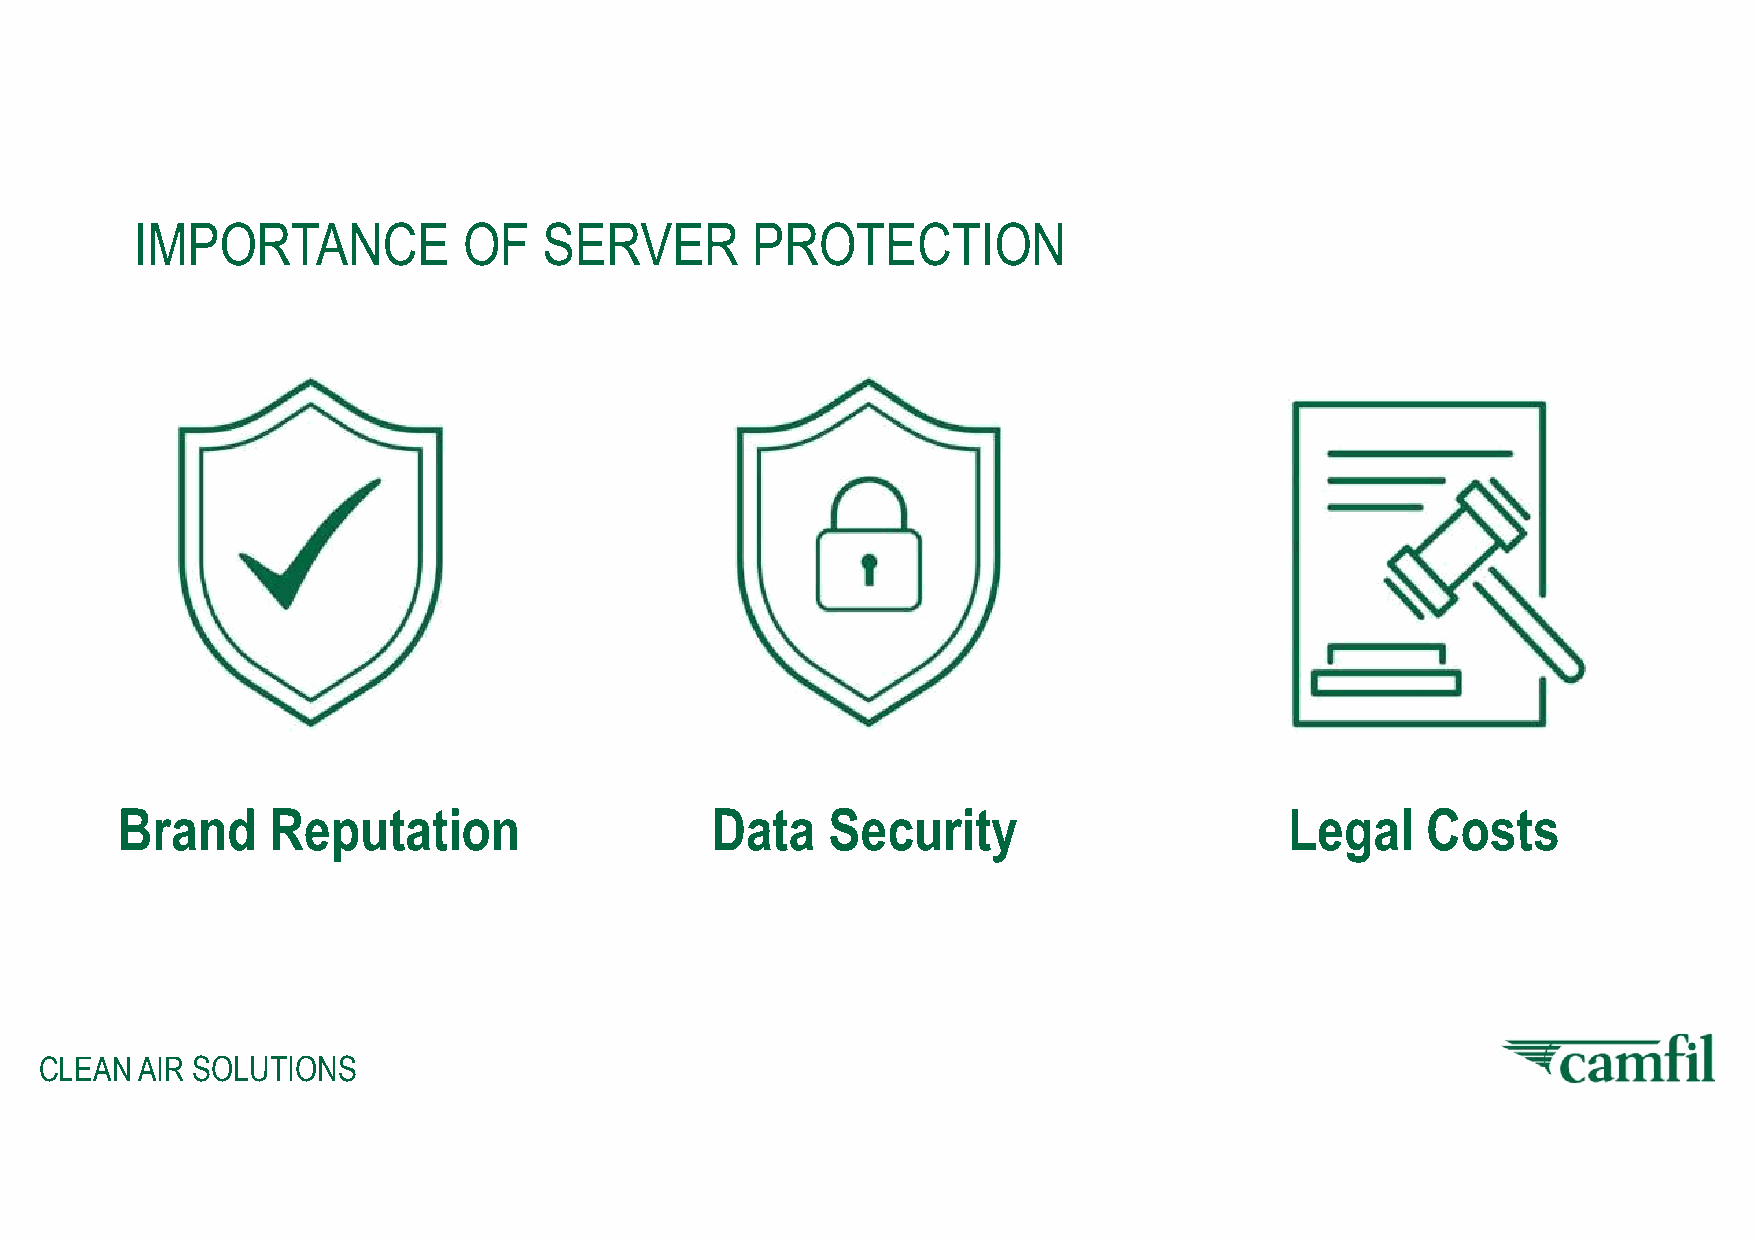
IMPORTANCE            OF   SERVER        PROTECTION
 Brand     Reputation                   Data    Security                      Legal    Costs
 CLEAN AIR SOLUTIONS